Vaccination in the Punjab 1905-1918 - 1905-1918
Year: 1905
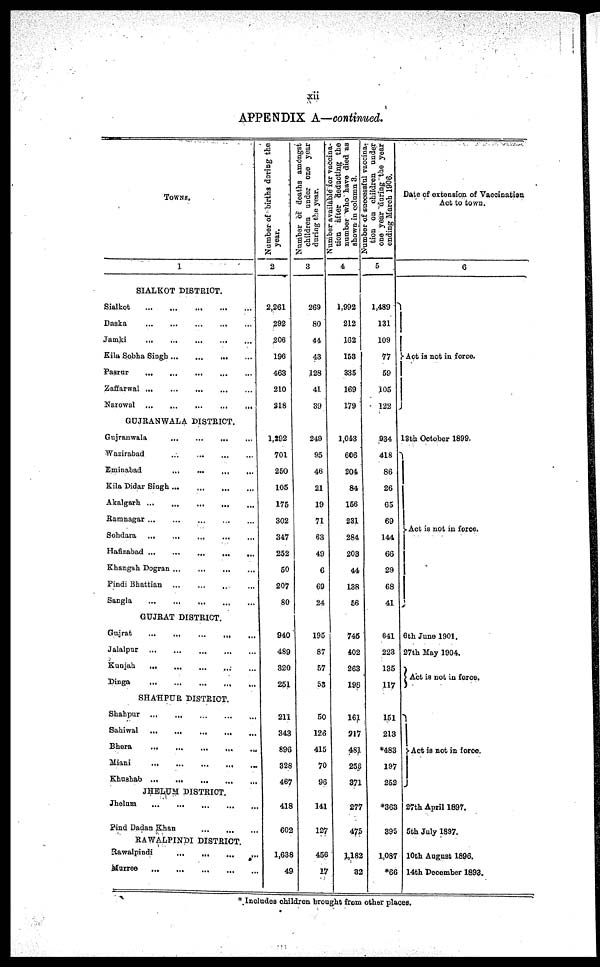
xii
APPENDIX A—continued.
TOWNS.
1
SIALKOT DISTRICT.
Sialkot
...
...
...
...
...
Daska
...
...
...
...
...
Jamki
...
...
...
...
...
Kila Sobha Singh
...
...
...
...
Pasrur
...
...
...
...
...
Zaffarwal ... ... ... ... ...
Narowal
...
...
...
...
...
GUJRANWALA DISTRICT.
Gujranwala ... ... ... ...
Wazirabad
...
...
...
...
Eminabad
...
...
...
...
Kila Didar Singh
...
...
...
...
Akalgarh
...
...
...
...
...
Ramnagar
...
...
...
...
...
Sohdara ... ... ... ... ...
Hafizabad
...
...
...
...
...
Khangah Dogran ... ... ... ...
Pindi Bhattian
...
...
...
...
Sangla ... ... ... ... ...
GUJRAT DISTRICT.
Gajrat
...
...
...
...
...
Jalalpur
...
...
...
...
...
Kunjah
...
...
...
...
...
Dinga
...
...
...
...
...
SHAHPUR DISTRICT.
Shahpur
...
...
...
...
...
Sahiwal ... ... ... ... ...
Bhera
...
...
...
...
...
Miani
...
...
...
...
...
Khushab
...
...
...
...
...
JHELUM DISTRICT.
Jhelum
...
...
...
...
...
Find Dadan Khan
...
...
...
RAWALPINDI DISTRICT.
Rawalpindi
...
...
...
...
Murree
...
...
...
...
...
Number of births during the
year.
2
2,261
292
206
196
463
210
218
1,292
701
250
105
175
302
347
252
50
207
80
940
489
320
251
211
343
896
328
467
418
602
1,638
49
Number of deaths amongst
children under one year
during the year.
3
269
80
44
43
128
41
39
249
95
46
21
19
71
63
49
6
69
24
195
87
57
53
50
126
415
70
96
141
127
456
17
Number available for vaccina-
tion after deducting the
number who have died as
shown
in
column
3.
4
1,992
212
162
153
335
169
179
1,043
606
204
84
156
231
284
203
44
138
56
745
402
263
198
161
217
481
258
371
277
475
1,182
32
Number of successful vaccina-
tion on children under
one year during the year
ending
March
1906.
5
1,489
131
109
77
59
105
122
934
418
86
26
65
69
144
66
29
68
41
641
223
135
117
151
213
*483
197
252
*363
395
1,087
*66
Date of extension of Vaccinatian
Act to town.
6
Act is not in force.
13th October 1899.
Act is not in force.
6 th June 1901.
27th May 1904.
Act is not in force.
Act is not in force.
27th April 1897.
5th July 1897.
10th August 1896.
14th December 1893.
* Includes children brought from other places.